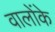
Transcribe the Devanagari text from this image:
वालोंके